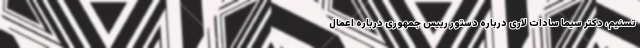
تسنیم، دکتر سیما سادات لاری درباره دستور رییس جمهوری درباره اعمال